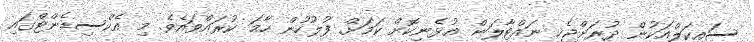
ސައިކަލްއަކުން ދުރަށްޖެހި ނައްޓާލަން އުޅެނިކޮށް ކަމަށް ފުުލުހުން ހާމަ ކުރައްވައެވެ. މި އެކްސިޑެންޓްގައި